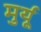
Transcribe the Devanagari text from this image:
मुर्यू